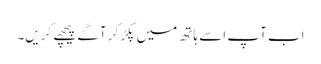
اب آپ اسے ہاتھ میں پکڑ کر آگے پیچھے کریں۔